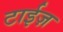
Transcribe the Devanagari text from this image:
टाईज़